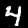
Label: 4